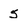
Character: 5